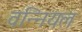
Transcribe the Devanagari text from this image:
वन्नियल